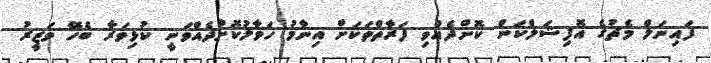
ފައިނަލް މެޗުގެ އޮފިޝަލްކަން ކޮށްދެއްވި ފަރާތްތަކަށް އިނާމު ހަވާލުކޮށްދެއްވަނީ ކުޅިވަރާ ބެހޭ ވަޒީރު